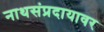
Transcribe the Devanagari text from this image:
नाथसंप्रदायावर